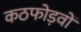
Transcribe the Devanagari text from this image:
कठफोड़वों